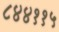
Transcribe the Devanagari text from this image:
८४४११५